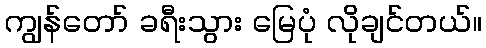
ကျွန်တော် ခရီးသွား မြေပုံ လိုချင်တယ်။